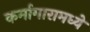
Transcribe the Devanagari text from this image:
कर्मागारामध्ये